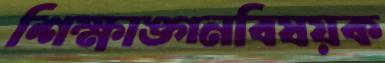
শিক্ষাঙ্গনবিষয়ক